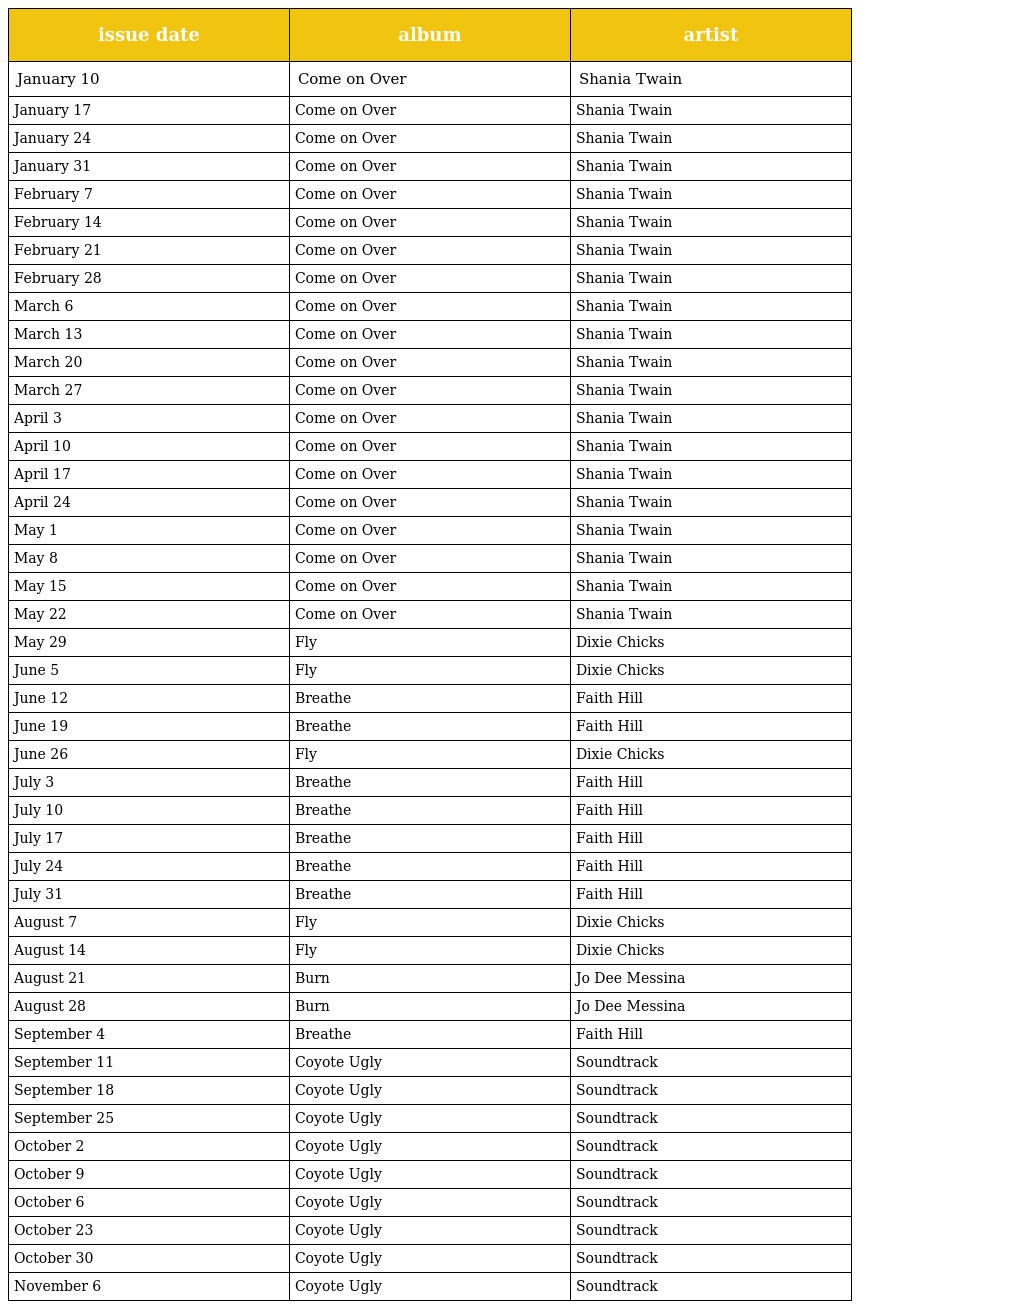
| issue date | album | artist |
 | --- | --- | --- |
 | January 10 | Come on Over | Shania Twain |
 | January 17 | Come on Over | Shania Twain |
 | January 24 | Come on Over | Shania Twain |
 | January 31 | Come on Over | Shania Twain |
 | February 7 | Come on Over | Shania Twain |
 | February 14 | Come on Over | Shania Twain |
 | February 21 | Come on Over | Shania Twain |
 | February 28 | Come on Over | Shania Twain |
 | March 6 | Come on Over | Shania Twain |
 | March 13 | Come on Over | Shania Twain |
 | March 20 | Come on Over | Shania Twain |
 | March 27 | Come on Over | Shania Twain |
 | April 3 | Come on Over | Shania Twain |
 | April 10 | Come on Over | Shania Twain |
 | April 17 | Come on Over | Shania Twain |
 | April 24 | Come on Over | Shania Twain |
 | May 1 | Come on Over | Shania Twain |
 | May 8 | Come on Over | Shania Twain |
 | May 15 | Come on Over | Shania Twain |
 | May 22 | Come on Over | Shania Twain |
 | May 29 | Fly | Dixie Chicks |
 | June 5 | Fly | Dixie Chicks |
 | June 12 | Breathe | Faith Hill |
 | June 19 | Breathe | Faith Hill |
 | June 26 | Fly | Dixie Chicks |
 | July 3 | Breathe | Faith Hill |
 | July 10 | Breathe | Faith Hill |
 | July 17 | Breathe | Faith Hill |
 | July 24 | Breathe | Faith Hill |
 | July 31 | Breathe | Faith Hill |
 | August 7 | Fly | Dixie Chicks |
 | August 14 | Fly | Dixie Chicks |
 | August 21 | Burn | Jo Dee Messina |
 | August 28 | Burn | Jo Dee Messina |
 | September 4 | Breathe | Faith Hill |
 | September 11 | Coyote Ugly | Soundtrack |
 | September 18 | Coyote Ugly | Soundtrack |
 | September 25 | Coyote Ugly | Soundtrack |
 | October 2 | Coyote Ugly | Soundtrack |
 | October 9 | Coyote Ugly | Soundtrack |
 | October 6 | Coyote Ugly | Soundtrack |
 | October 23 | Coyote Ugly | Soundtrack |
 | October 30 | Coyote Ugly | Soundtrack |
 | November 6 | Coyote Ugly | Soundtrack |